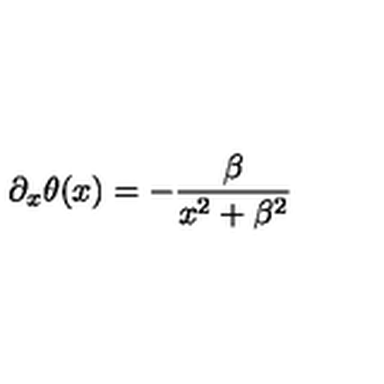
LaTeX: \partial _ { x } \theta ( x ) = - { \frac { \beta } { x ^ { 2 } + \beta ^ { 2 } } }